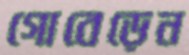
গোবেড়েন